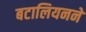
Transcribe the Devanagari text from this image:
बटालियनने